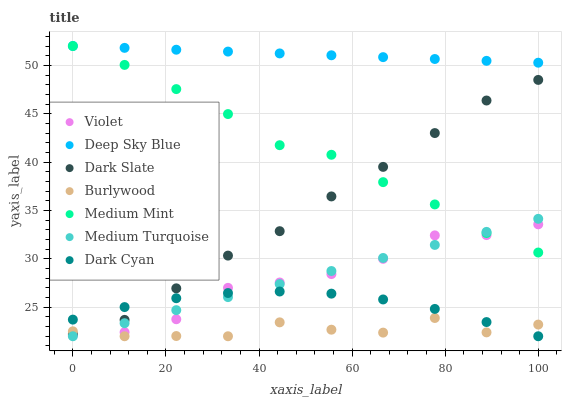
| xaxis_label | Violet | Deep Sky Blue | Dark Slate | Burlywood | Medium Mint | Medium Turquoise | Dark Cyan |
 | --- | --- | --- | --- | --- | --- | --- | --- |
 | 0 | 22.1 | 52 | 22.2 | 22.5 | 52 | 22 | 23.7 |
 | 11.1 | 22.4 | 51.8 | 23.7 | 22 | 50 | 23.3 | 25 |
 | 22.2 | 23.8 | 51.6 | 27 | 22 | 47.5 | 24.7 | 25.9 |
 | 33.3 | 27 | 51.4 | 30.3 | 22 | 45 | 26 | 26.5 |
 | 44.4 | 27.6 | 51.2 | 32.9 | 23.4 | 41.7 | 27.4 | 26.6 |
 | 55.6 | 28.4 | 51 | 36.5 | 22.7 | 40.8 | 28.7 | 26.4 |
 | 66.7 | 30 | 50.8 | 39.5 | 22.4 | 37.9 | 30.1 | 25.8 |
 | 77.8 | 32.4 | 50.7 | 43 | 23.9 | 35.6 | 31.4 | 24.8 |
 | 88.9 | 32.5 | 50.5 | 46.4 | 22.4 | 32.7 | 32.8 | 23.5 |
 | 100 | 33.6 | 50.3 | 48.5 | 23.2 | 30.7 | 34.1 | 22 |